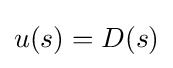
u(s)=D(s)